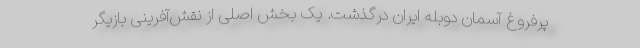
پرفروغ آسمان دوبله ایران درگذشت. یک بخش اصلی از نقش‌آفرینی بازیگر